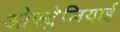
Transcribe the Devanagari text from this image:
औस्ट्रेलियाई